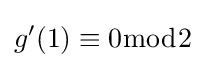
g'(1)\equiv 0{\bmod {2}}